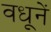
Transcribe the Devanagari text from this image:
वधूनें